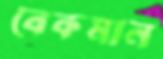
বেকমান